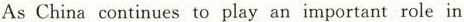
As China continues to play an important role in